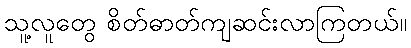
သူ့လူတွေ စိတ်ဓာတ်ကျဆင်းလာကြတယ်။